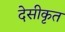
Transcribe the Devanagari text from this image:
देसीकृत